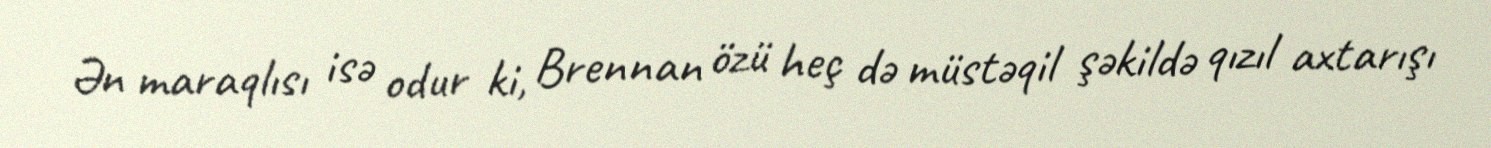
Ən maraqlısı isə odur ki, Brennan özü heç də müstəqil şəkildə qızıl axtarışı